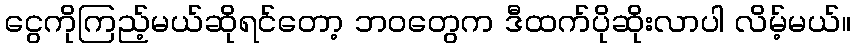
ငွေကိုကြည့်မယ်ဆိုရင်တော့ ဘဝတွေက ဒီထက်ပိုဆိုးလာပါ လိမ့်မယ်။